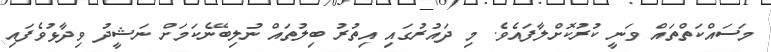
މަސައްކަތްތައް ވަނީ ކުރުކޮށްލާފައެވެ. މި ދައުރުގައި އިތުރު ބިލުތައް ނުލިބޭނެކަމަށް ނަޝީދު ވިދާޅުވެފައި